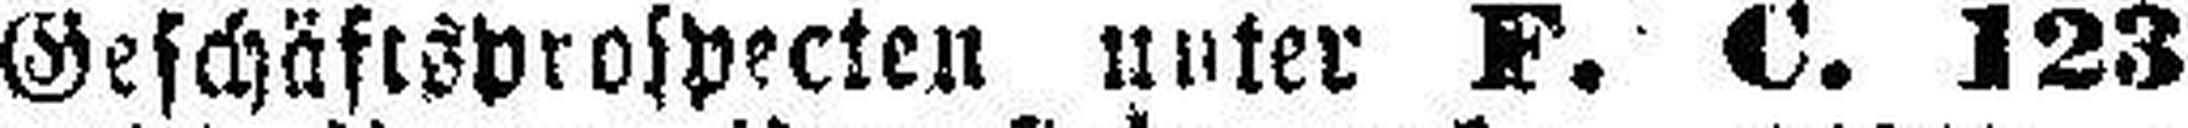
Geschäftsprospecten unter F. C. 123